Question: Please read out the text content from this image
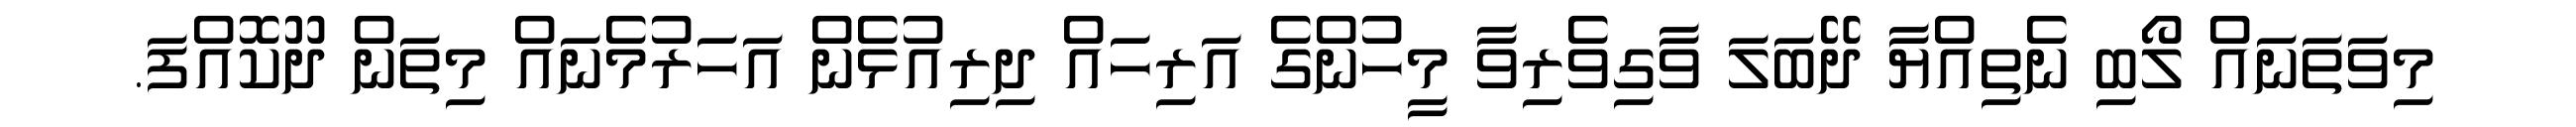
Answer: މިވަތަނައް ލޯބި ނެތިއްޔާ ދޭބަލަ ވާގިވެރިވާ މީހުންގެ އަރިހައް ދިރިއުޅެން އަހަރުމެނައް މިތަން ދޫކޮއްފަ.